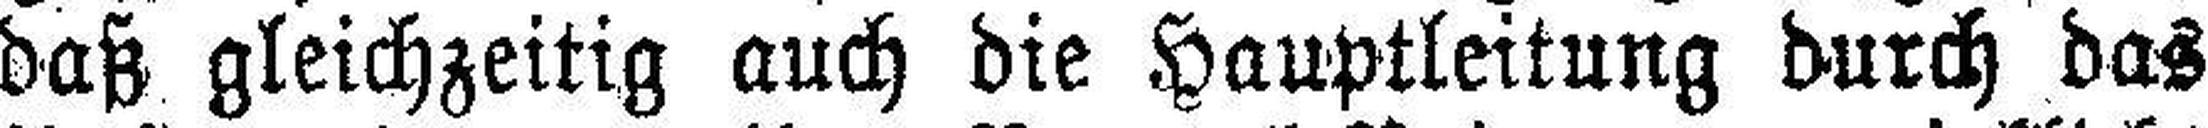
daß gleichzeitig auch die Hauptleitung durch das